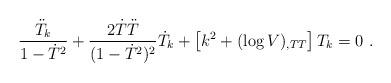
LaTeX: \begin{align*}\frac{\ddot T_k }{1-\dot T^2}+ \frac{2\dot T \ddot T}{(1-\dot T^2)^2}\dot T_k+\left[ k^2+(\log V)_{,TT} \right]T_k = 0\ .\end{align*}